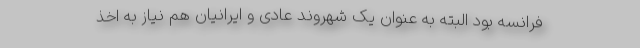
فرانسه بود البته به عنوان یک شهروند عادی و ایرانیان هم نیاز به اخذ